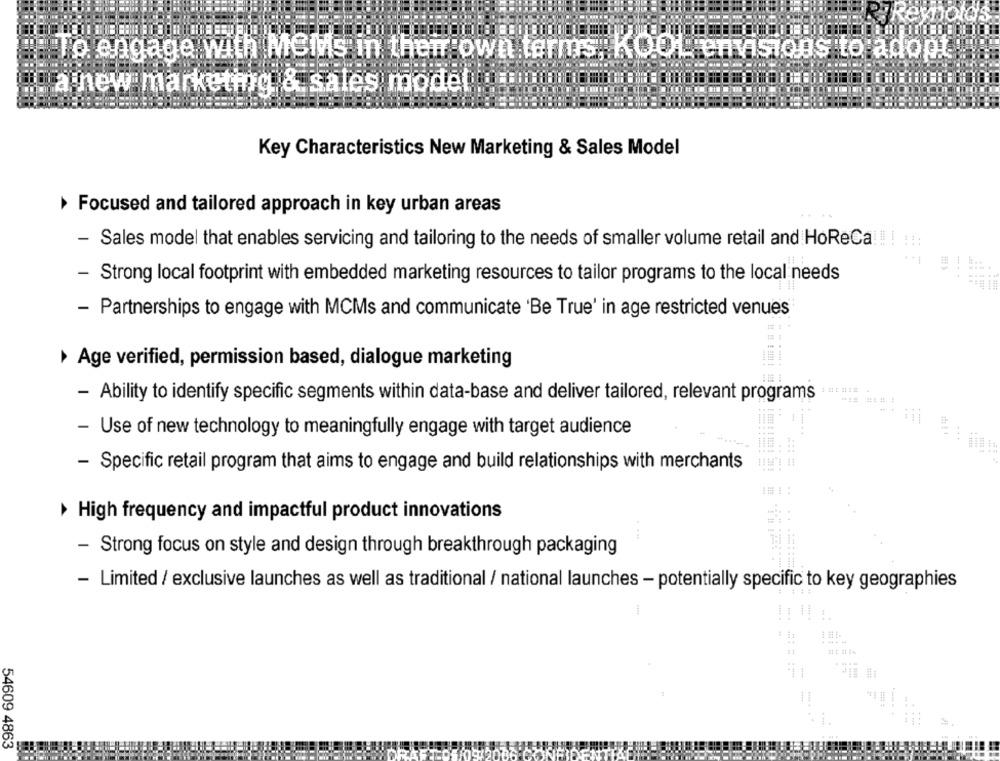
old
To engage with MeMs in their own terms
Kool envisions to adopt
a new marketing & sales model
Key Characteristics New Marketing & Sales Model
Focused and tailored approach in key urban areas
- Sales model that enables servicing and tailoring to the needs of smaller volume retail and HoReCa !!! ! !!:
- Strong local footprint with embedded marketing resources to tailor programs to the local needs
48
444+
- Partnerships to engage with MCMs and communicate 'Be True' in age restricted venues
Age verified, permission based, dialogue marketing
- Ability to identify specific segments within data-base and deliver tailored, relevant programs
- Use of new technology to meaningfully engage with target audience
* 1919
- Specific retail program that aims to engage and build relationships with merchants
High frequency and impactful product innovations
....
- Strong focus on style and design through breakthrough packaging
- Limited / exclusive launches as well as traditional / national launches - potentially specific to key geographies
-
...
4 4
...
54609 4863